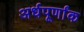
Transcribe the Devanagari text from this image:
अर्धपूर्णांक